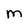
Character: M